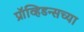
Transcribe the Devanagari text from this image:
प्रॉव्हिडन्सच्या